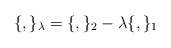
\begin{align*}\{, \}_\lambda = \{,\}_2 - \lambda \{, \}_1\end{align*}